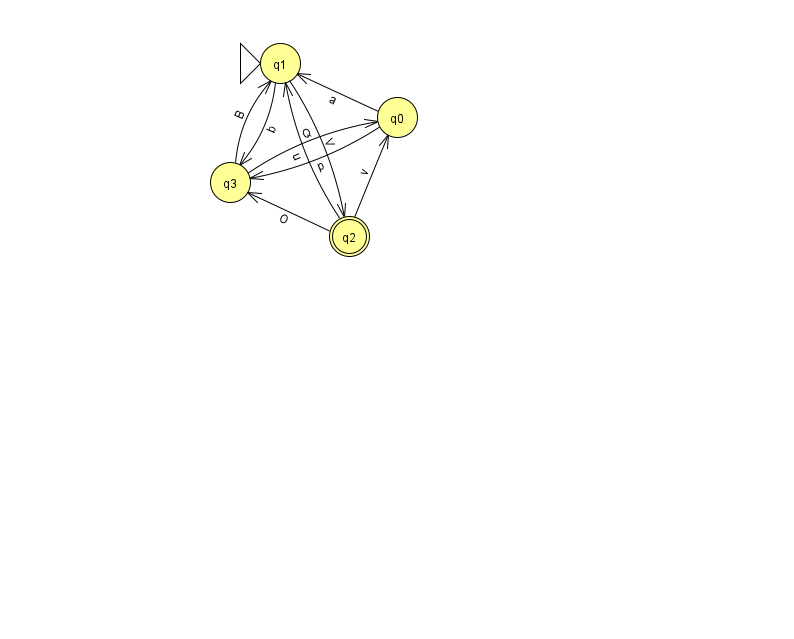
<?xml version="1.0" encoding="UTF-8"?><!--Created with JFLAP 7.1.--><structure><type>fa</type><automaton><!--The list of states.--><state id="0" name="q0"><x>397.0</x><y>104.0</y></state><state id="1" name="q1"><x>280.0</x><y>50.0</y><initial/></state><state id="2" name="q2"><x>349.0</x><y>223.0</y><final/></state><state id="3" name="q3"><x>230.0</x><y>169.0</y></state><!--The list of transitions.--><transition><from>2</from><to>1</to><read>u</read></transition><transition><from>1</from><to>2</to><read>V</read></transition><transition><from>1</from><to>3</to><read>b</read></transition><transition><from>3</from><to>1</to><read>B</read></transition><transition><from>3</from><to>0</to><read>Q</read></transition><transition><from>0</from><to>3</to><read>p</read></transition><transition><from>2</from><to>0</to><read>v</read></transition><transition><from>2</from><to>3</to><read>O</read></transition><transition><from>0</from><to>1</to><read>a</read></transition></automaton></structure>